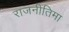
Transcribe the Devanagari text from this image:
राजनीतिमा